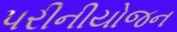
પરીનીયોજન